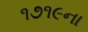
૧૭૧૯ના